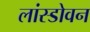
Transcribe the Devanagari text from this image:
लांस्डोवन